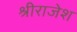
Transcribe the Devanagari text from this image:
श्रीराजेश